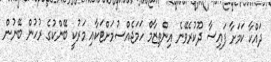
ދައްކާ ކަމަށާ ފައިސާ ދޫކުރެވޭނެ އިންތިޒާމް ހަމަޖެއްސުމަށްޓަކާއި މަރުކީ ބޭންކުގެ ރުހުން ބޭނުން